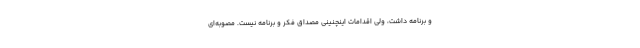
و برنامه داشت، ولی اقدامات اینچنینی مصداق فکر و برنامه نیست. مصوبه‌ای